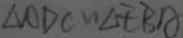
\Delta A D C \sim \Delta E B A